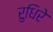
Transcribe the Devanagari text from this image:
रुधिरे